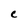
Character: C